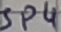
Text: SPP4